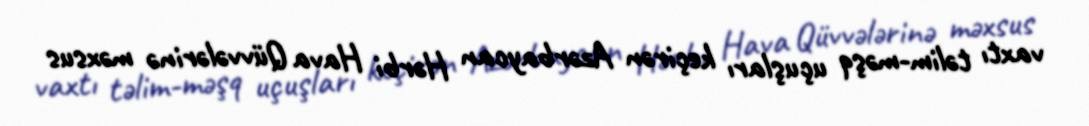
vaxtı təlim-məşq uçuşları keçirən Azərbaycan Hərbi Hava Qüvvələrinə məxsus